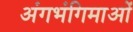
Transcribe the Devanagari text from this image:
अंगभंगिमाओं